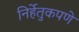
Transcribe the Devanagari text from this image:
निर्हेतुकपणे